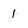
Character: 1